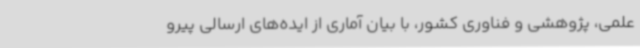
علمی، پژوهشی و فناوری کشور، با بیان آماری از ایده‌های ارسالی پیرو